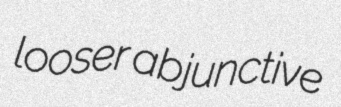
looser abjunctive